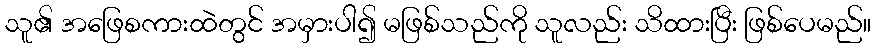
သူ၏ အဖြေစကားထဲတွင် အမှားပါ၍ မဖြစ်သည်ကို သူလည်း သိထားပြီး ဖြစ်ပေမည်။